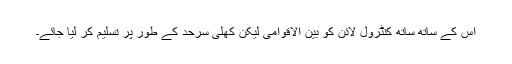
اس کے ساتھ ساتھ کنٹرول لائن کو بین الاقوامی لیکن کھلی سرحد کے طور پر تسلیم کر لیا جائے۔